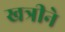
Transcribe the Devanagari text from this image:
खत्रीने